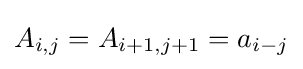
A_{i,j}=A_{i+1,j+1}=a_{i-j}